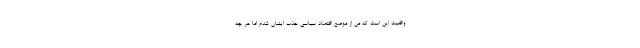
واقعیت این است که من از موضع اقتصاد سیاسی جذب ایشان شدم اما هر چه